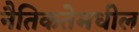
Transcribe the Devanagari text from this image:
नैतिकतेमधील